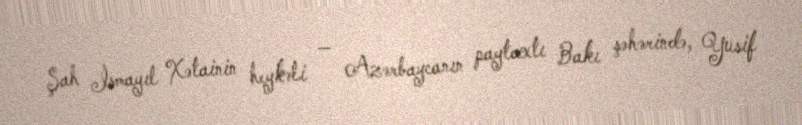
Şah İsmayıl Xətainin heykəli — Azərbaycanın paytaxtı Bakı şəhərində, Yusif